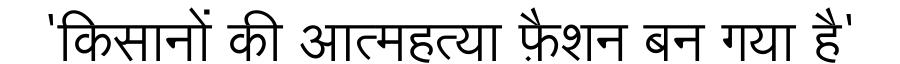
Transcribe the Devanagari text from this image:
'किसानों की आत्महत्या फ़ैशन बन गया है'